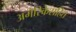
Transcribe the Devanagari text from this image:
अमेरिकेसहित